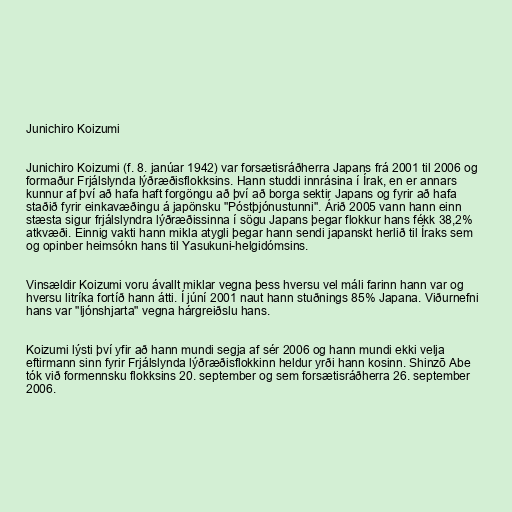
Junichiro Koizumi

Junichiro Koizumi (f. 8. janúar 1942) var forsætisráðherra Japans frá 2001 til 2006 og
formaður Frjálslynda lýðræðisflokksins. Hann studdi innrásina í Írak, en er annars
kunnur af því að hafa haft forgöngu að því að borga sektir Japans og fyrir að hafa
staðið fyrir einkavæðingu á japönsku "Póstþjónustunni". Árið 2005 vann hann einn
stæsta sigur frjálslyndra lýðræðissinna í sögu Japans þegar flokkur hans fékk 38,2%
atkvæði. Einnig vakti hann mikla atygli þegar hann sendi japanskt herlið til Íraks sem
og opinber heimsókn hans til Yasukuni-helgidómsins.

Vinsældir Koizumi voru ávallt miklar vegna þess hversu vel máli farinn hann var og
hversu litríka fortíð hann átti. Í júní 2001 naut hann stuðnings 85% Japana. Viðurnefni
hans var "ljónshjarta" vegna hárgreiðslu hans.

Koizumi lýsti því yfir að hann mundi segja af sér 2006 og hann mundi ekki velja
eftirmann sinn fyrir Frjálslynda lýðræðisflokkinn heldur yrði hann kosinn. Shinzō Abe
tók við formennsku flokksins 20. september og sem forsætisráðherra 26. september
2006.